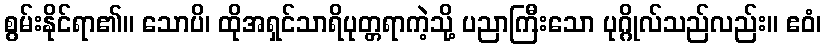
စွမ်းနိုင်ရာ၏။ သောပိ၊ ထိုအရှင်သာရိပုတ္တရာကဲ့သို့ ပညာကြီးသော ပုဂ္ဂိုလ်သည်လည်း။ ဧဝံ၊